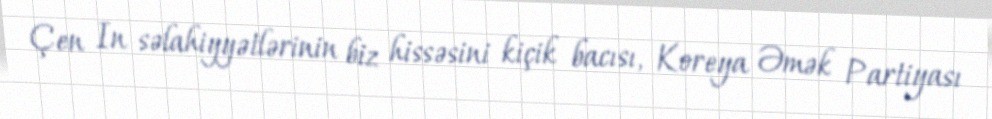
Çen In səlahiyyətlərinin biz hissəsini kiçik bacısı, Koreya Əmək Partiyası